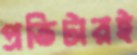
প্রতিটারই